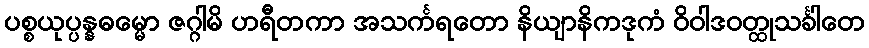
ပစ္စယုပ္ပန္နဓမ္မော ဇဂ္ဂါမိ ဟရီတကာ အသင်္ကရတော နိယျာနိကဒုကံ ဝိဝါဒဝတ္ထုသင်္ခါတေ